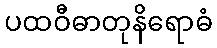
ပထဝီဓာတုနိရောဓံ